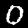
Digit: 0